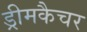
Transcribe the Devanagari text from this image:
ड्रीमकैचर